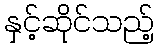
နှင့်ဆိုင်သည့်